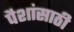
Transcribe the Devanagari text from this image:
पैशांसाठी